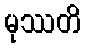
မုဿတိ